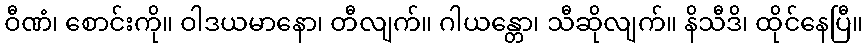
ဝီဏံ၊ စောင်းကို။ ဝါဒယမာနော၊ တီလျက်။ ဂါယန္တော၊ သီဆိုလျက်။ နိသီဒိ၊ ထိုင်နေပြီ။